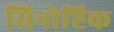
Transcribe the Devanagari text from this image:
सिनोप्टिक